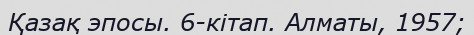
Қазақ эпосы. 6-кітап. Алматы, 1957;